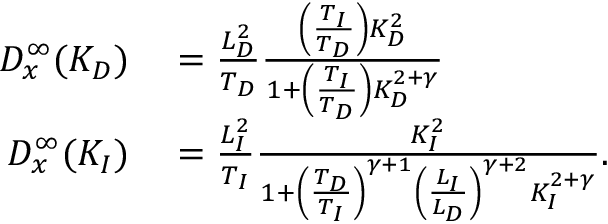
\begin{array} { r l } { D _ { x } ^ { \infty } ( K _ { D } ) } & { { } = \frac { L _ { D } ^ { 2 } } { T _ { D } } \frac { \left( \frac { T _ { I } } { T _ { D } } \right) K _ { D } ^ { 2 } } { 1 + \left( \frac { T _ { I } } { T _ { D } } \right) K _ { D } ^ { 2 + \gamma } } } \\ { D _ { x } ^ { \infty } ( K _ { I } ) } & { { } = \frac { L _ { I } ^ { 2 } } { T _ { I } } \frac { K _ { I } ^ { 2 } } { 1 + \left( \frac { T _ { D } } { T _ { I } } \right) ^ { \gamma + 1 } \left( \frac { L _ { I } } { L _ { D } } \right) ^ { \gamma + 2 } K _ { I } ^ { 2 + \gamma } } . } \end{array}